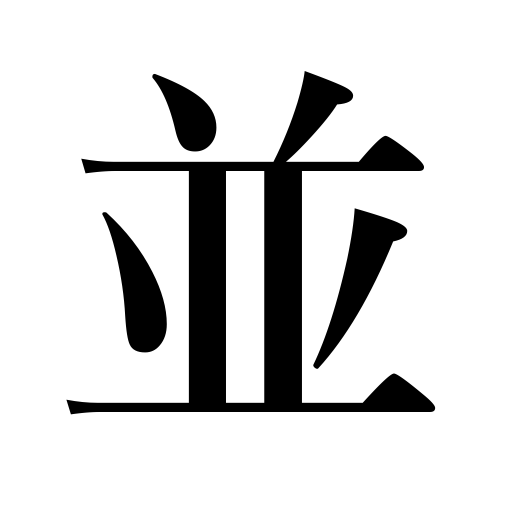
Meanings: besides,line up,marshal,be in a row,common,and,serve food,enumerate,rival,display,compare with,ordinary,rank with,average,equal,put side by side,as well as,arrange,place in order